Vital statistics of India. Vol. VI, European troops 1870-79
Year: 1870
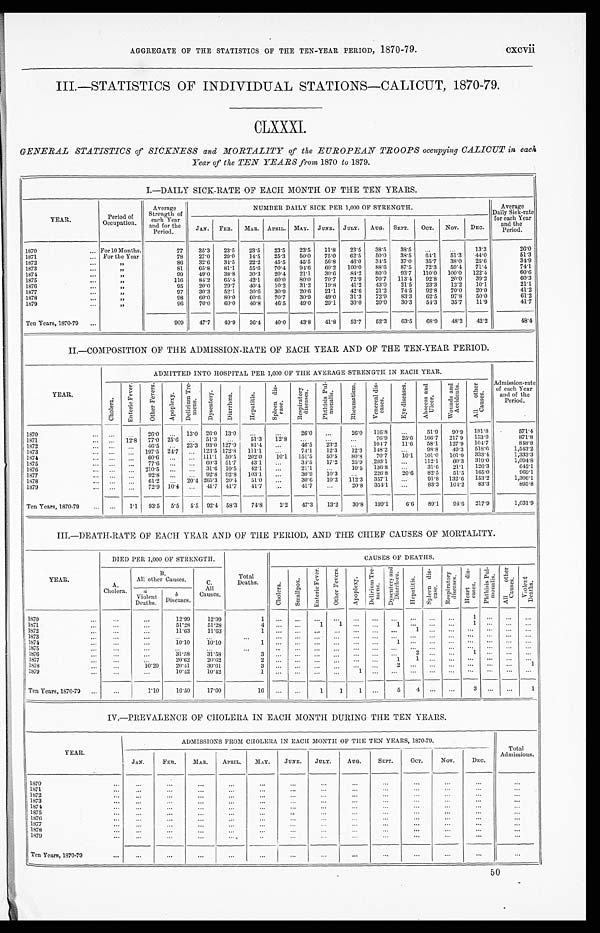
AGGREGATE OF THE STATISTICS OF THE TEN–YEAR PERIOD, 1870-79.
c x c v i i
III.—STATISTICS OF INDIVIDUAL STATIONS—CALICUT, 1870-79.
CLXXXI.
GENERAL STATISTICS of SICKNESS and MORTALITY of the EUROPEAN TROOPS occupying CALICUT in each
Year of the TEN YEARS from, 1870 to 1879.
I.—DAILY SICK-RATE OF EACH MONTH OF THE TEN YEARS.
YEAR.
Period of
Occupation.
Average
Strength of
each Year
and for the
Period.
NUMBER DAILY SICK PER 1,000 OF STRENGTH.
Average
Daily Sick-rate
for each Year
and the
Period.
JAN.
FEB.
MAR. APRIL. MAY.
JUNE.
JULY.
AUG.
SEPT.
OCT.
Nov.
DEC.
1870
For10 Months.
77
35.3
23.5
23.5
23.5
23.5
11.8
23.5
38.5
38.5
. . .
. . .
13.3
26.0
1871
For the Year
78
27.0
2 9 . 0
14.5
25.3
50.0
75.0
62.5
50.0
38.5
6 4 . 1
51.3
44.0
51.3
1872
' '
86
32.6
34.5
22.2
45.5
45.5
56.8
46.0
34.5
37.0
35.7
38.0
25.6
34.9
1873
' '
81
65.8
81.1
55.6
70.4
94.6
60.2
100.0
88.6
87.5
72.3
59.4
71.4
74.1
1874
' '
99
49.0
38.8
30.3
20.4
21.1
30.6
84.2
80.0
93.7
110.0
100.0
122.4
60.6
1875
' '
116
84.2
65.4
42.1
60.0
80.0
70.7
72.9
70.7
113.4
92.8
20.0
39.2
60.3
1876
...
' '
95
20.0
29.7
40.4
10.2
31.2
19.8
41.2
43.0
21.5
23.3
12.2
10.1
21.1
1877
...
' '
97
30.3
52.1
30.6
30.9
20.6
21.1
42.6
21.2
74.5
92.8
70.0
20.0
41.2
1878
...
' '
98
60.0
80.0
60.6
70.7
30.9
49.0
31.3
72.0
83.3
62.5
97.8
50.0
61.2
1879
...
' '
96
70.0
60.0
40.8
46.5
49.0
29.1
30.0
20.0
30.3
54.3
35.7
11.9
41.7
Ten Years, 1870-79
...
9 0 9
47.7
49.9
36.4
40.0
43.8
41.8
52.7
52.3
63.5
68.9
48.2
42.2
48.4
II.—COMPOSITION OF THE ADMISSION-RATE OF EACH YEAR AND OF THE TEN-YEAR PERIOD.
YEAR.
ADMITTED INTO HOSPITAL PER 1,000 OF THE AVERAGE STRENGTH IN EACH YEAR.
Admission-rate
of each Year
and of the
Period.
Ch o l e r a .
E n t e r i c F e v e r .
O t h e r F e v e r s .
Apoplexy.
D e l i r i u m T r e -
m e n s .
D y s e n t e r y .
D i a r r h œ a .
H e p a t i t i s .
S p l e e n d i s -
e a s e .
R e s p i r a t o r y
d i s e a s e s .
P h t h i s i s P u l -
m o n a l i s .
R h e u m a t i s m .
V e n e r e a l d i s -
e a s e s .
E y e d i s e a s e s .
A b s c e s a n d U l c e r .
W o u n d s a n d
A c c i d e n t s .
A l l o t h e r
C a u s e s .
1870
...
...
26.0
...
13.0 26.0 13.0
...
...
26.0
...
26.0
116.8
...
51.9
90.9
181.8
571.4
1871
...
12.8
7 7 . 0 25.6
. . . 51.3
...
51.3
12.8
...
...
...
76.9
25.6
166.7
217.9
153.0
871.8
1872
...
...
4 6 . 5
...
23.3 93.0 127.9
81.4
...
46.5
23.2
...
104.7
11.6
58.1
127.9
104.7
848.8
1 8 7 3
...
...
197.5
24.7
...
123.5 172.8
1
1 1 . 1
111.1 ...
74.1
12.3
12.3
148.2
.. .
98.8
49.3
518.6
1,543.2
1874
...
. . .
6 0 . 6
. . .
... 111.1 50.5
202.0
10.1
151.5
50.5
80.8
70.7
10.1
101.0
101.0
333.4
1,333.3
1875
...
...
7 7 . 6
. . .
...
60.3 51.7
43.1
. . .
34.5
17.2
25.9
293.1
...
112.1
60.3
319.0
1,094.8
1876
...
. . .
210.5
...
...
31.6 10.5
42.1
...
21.1
...
10.5
136.8
. . .
31.6
21.1
126.3
642.1
1877
...
...
92.8
...
... 92.8 92.8
103.1
...
30.9
10.3
...
.
226.8
20.6
82.5
51.5
165.0
969.1
1878
...
...
61.2
. . .
20.4 265.3 20.4
51.0 ...
30.6
10.2
112.3
357.1
...
91.8
132.6
153.2
1,306.1
1879
J
...
. . .
72.9
10.4
...
41.7 41.7
41.7 ...
41.7
...
20.8
354.1
...
83.3
104.2
83.3
895.8
Ten Years, 1870-79
...
1.1
93.5
5.5
5 . 5 92.4 58.3
74.8
2.2
47.3
13.2
30.8
199.1
6.6
89.1
94.6
217.9
1,031.9
III.—DEATH-RATE OF EACH YEAR AND OF THE PERIOD, AND THE CHIEF CAUSES OF MORTALITY.
YEAR.
DIED PER 1,000 OF STRENGTH.
Total
Deaths.
CAUSES OF DEATHS.
A.
Cholera.
B.
All other Causes.
C.
All
Causes.
Chol er a.
Smal l pox .
E n t e r i c F e v e r .
Ot h e r F e v e r s .
A p o p l e x y .
De l i r i u m Tr e -
mens.
Dysentery and
Diarrhœa.
Hepat i t i s.
Sp l e e n d i s -
ease.
R e s p i r a t o r y
d i s e a s e s .
He a r t d i s -
eases.
Pht hi si s Pul -
monalis.
A l l o t h e r C a u s e s .
Violent Deaths.
a
Violent
Deaths.
b
Diseases .
1870
...
...
12.99
1 2 . 9 9
1 ...
. . .
. . .
. . .
. . ....
. . .
. . .
. . .
. . .
1
1
. . .
. . .
. . .
1871
. . .
...
51.28
51.28
4 ...
...
1
1
... ...
1
...
. . .
1
. . .
. . .
. . .
1872
. . .
...
11.6
11.63
1 ...
. . .
. . .
. . .
. . . ...
...
1
. . .
. . .
. . .
. . .
. . .
. . .
1873
. . .
. . .
...
. . .
. . .
. . .
. . .
. . .
. . .
. . . ...
. . .
. . .
. . .
. . .
. . .
. . .
...
...
1874
. . .
...
1 0 . 1 0
10.10
1
...
. . .
. . .
. . .
. . .
. . .
1
. . .
. . .
. . .
. . .
. . .
. . .
. . .
1875
. . .
. . .
...
. . .
. . .
...
...
...
...
. . .
. . .
. . .
. . .
...
...
. . .
. . .
...
...
1876
. . .
...
3 1 . 5 8
31.58
3 ...
. . .
. . .
. . .
. . .
...
. . .
2
. . .
. . .
1
. . .
. . .
. .
1877
...
...
20.62
20.62
2 ...
. . .
. . .
...
. . .
. . .
...
1
1
. . .
. . .
. . .
. . .
. . .
. . .
1878
. . .
10.20
20.41
30.61
3
. . .
...
. . .
. . .
. . .
. . .
2
. . .
. . .
. . .
. . .
. . .
...
1
1879
. . .
. . .
10.42
1 0 . 4 2
1 ...
. . .
. . .
_
. . .
1
. . .
. . .
. . .
. . .
. . .
. . .
. . .
. . .
. . .
Ten Years, 1870-79...
...
1.10
16.50
17.60
16 ...
. . .
1
1
1
...
5
4
. . .
. . .
3
. . .
. . .
1
IV.—PREVALENCE OF CHOLERA IN EACH MONTH DURING THE TEN YEARS.
YEAR
ADMISSIONS FROM CHOLERA IN EACH MONTH O F THE TEN YEARS, 1870-79.
Total
Admissions.
JAN.
FEB.
MAR.
APRIL.
MAY.
JUNE.
JULY.
AUG.
SEPT.
OCT.
Nov.
DEC.
1870
. . .
. . .
. . .
. . .
. . .
. . .
. . .
. . .
. . .
. . .
. . .
. . .
. . .
1871
. . .
. . .
. .
. . .
. . .
. . .
. . .
. . .
. . .
. . .
. . .
. . .
. . .
1 8 72
. . .
. . .
. . .
. . .
. . .
. . .
. . .
. . .
. . .
. . .
. . .
. . .
. . .
1873
. . .
. . .
. . .
. . .
. . .
. . .
. . .
. . .
. . .
. . .
. . .
. . .
. . .
1874
. . .
. . .
. . .
. . .
. . .
. . .
. . .
. . .
. . .
. . .
. . .
. . .
. . .
1875
. . .
. . .
. . .
. . .
. . .
. . .
. . .
. . .
. . .
. . .
. . .
. . .
. . .
1876
. . .
. . .
. . .
. . .
. . .
. . .
. . .
. . .
. . .
. . .
. . .
. . .
. . .
1877
. . .
. . .
. . .
. . .
. . .
. . .
. . .
. . .
. . .
. . .
. . .
. . .
. . .
1878
. . .
. . .
. . .
. . .
. . .
. . .
. . .
. . .
. . .
. . .
. . .
. . .
. . .
1879
. . .
. . .
. . .
. . .
. . .
. . .
. . .
. . .
. . .
. . .
. . .
. . .
. . .
Ten Years, 1870-79
. . .
. . .
. . .
. . .
. . .
. . .
. . .
. . .
. . .
. . .
. . .
. . .
. . .
50